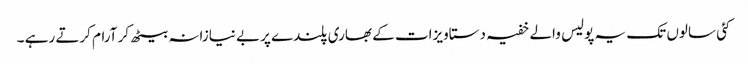
کئی سالوں تک یہ پولیس والے خفیہ دستاویزات کے بھاری پلندے پربے نیازانہ بیٹھ کر آرام کرتے رہے ۔